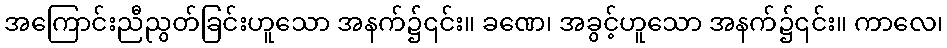
အကြောင်းညီညွတ်ခြင်းဟူသော အနက်၌၎င်း။ ခဏေ၊ အခွင့်ဟူသော အနက်၌၎င်း။ ကာလေ၊